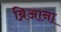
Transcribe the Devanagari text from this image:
ब्रिआना